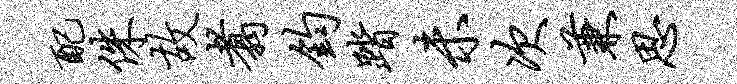
配侏故翥钧踏未次兼思